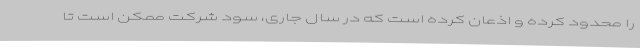
را محدود کرده و اذعان کرده است که در سال جاری، سود شرکت ممکن است تا